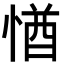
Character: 㥢